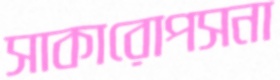
সাকারোপসনা